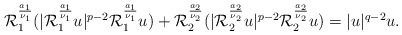
LaTeX: \begin{align*}\mathcal{R}_{1}^{\frac{a_{1}}{\nu_{1}}}(|\mathcal{R}_{1}^{\frac{a_{1}}{\nu_{1}}}u|^{p-2}\mathcal{R}_{1}^{\frac{a_{1}}{\nu_{1}}}u)+\mathcal{R}_{2}^{\frac{a_{2}}{\nu_{2}}}(|\mathcal{R}_{2}^{\frac{a_{2}}{\nu_{2}}}u|^{p-2}\mathcal{R}_{2}^{\frac{a_{2}}{\nu_{2}}}u)=|u|^{q-2}u.\end{align*}